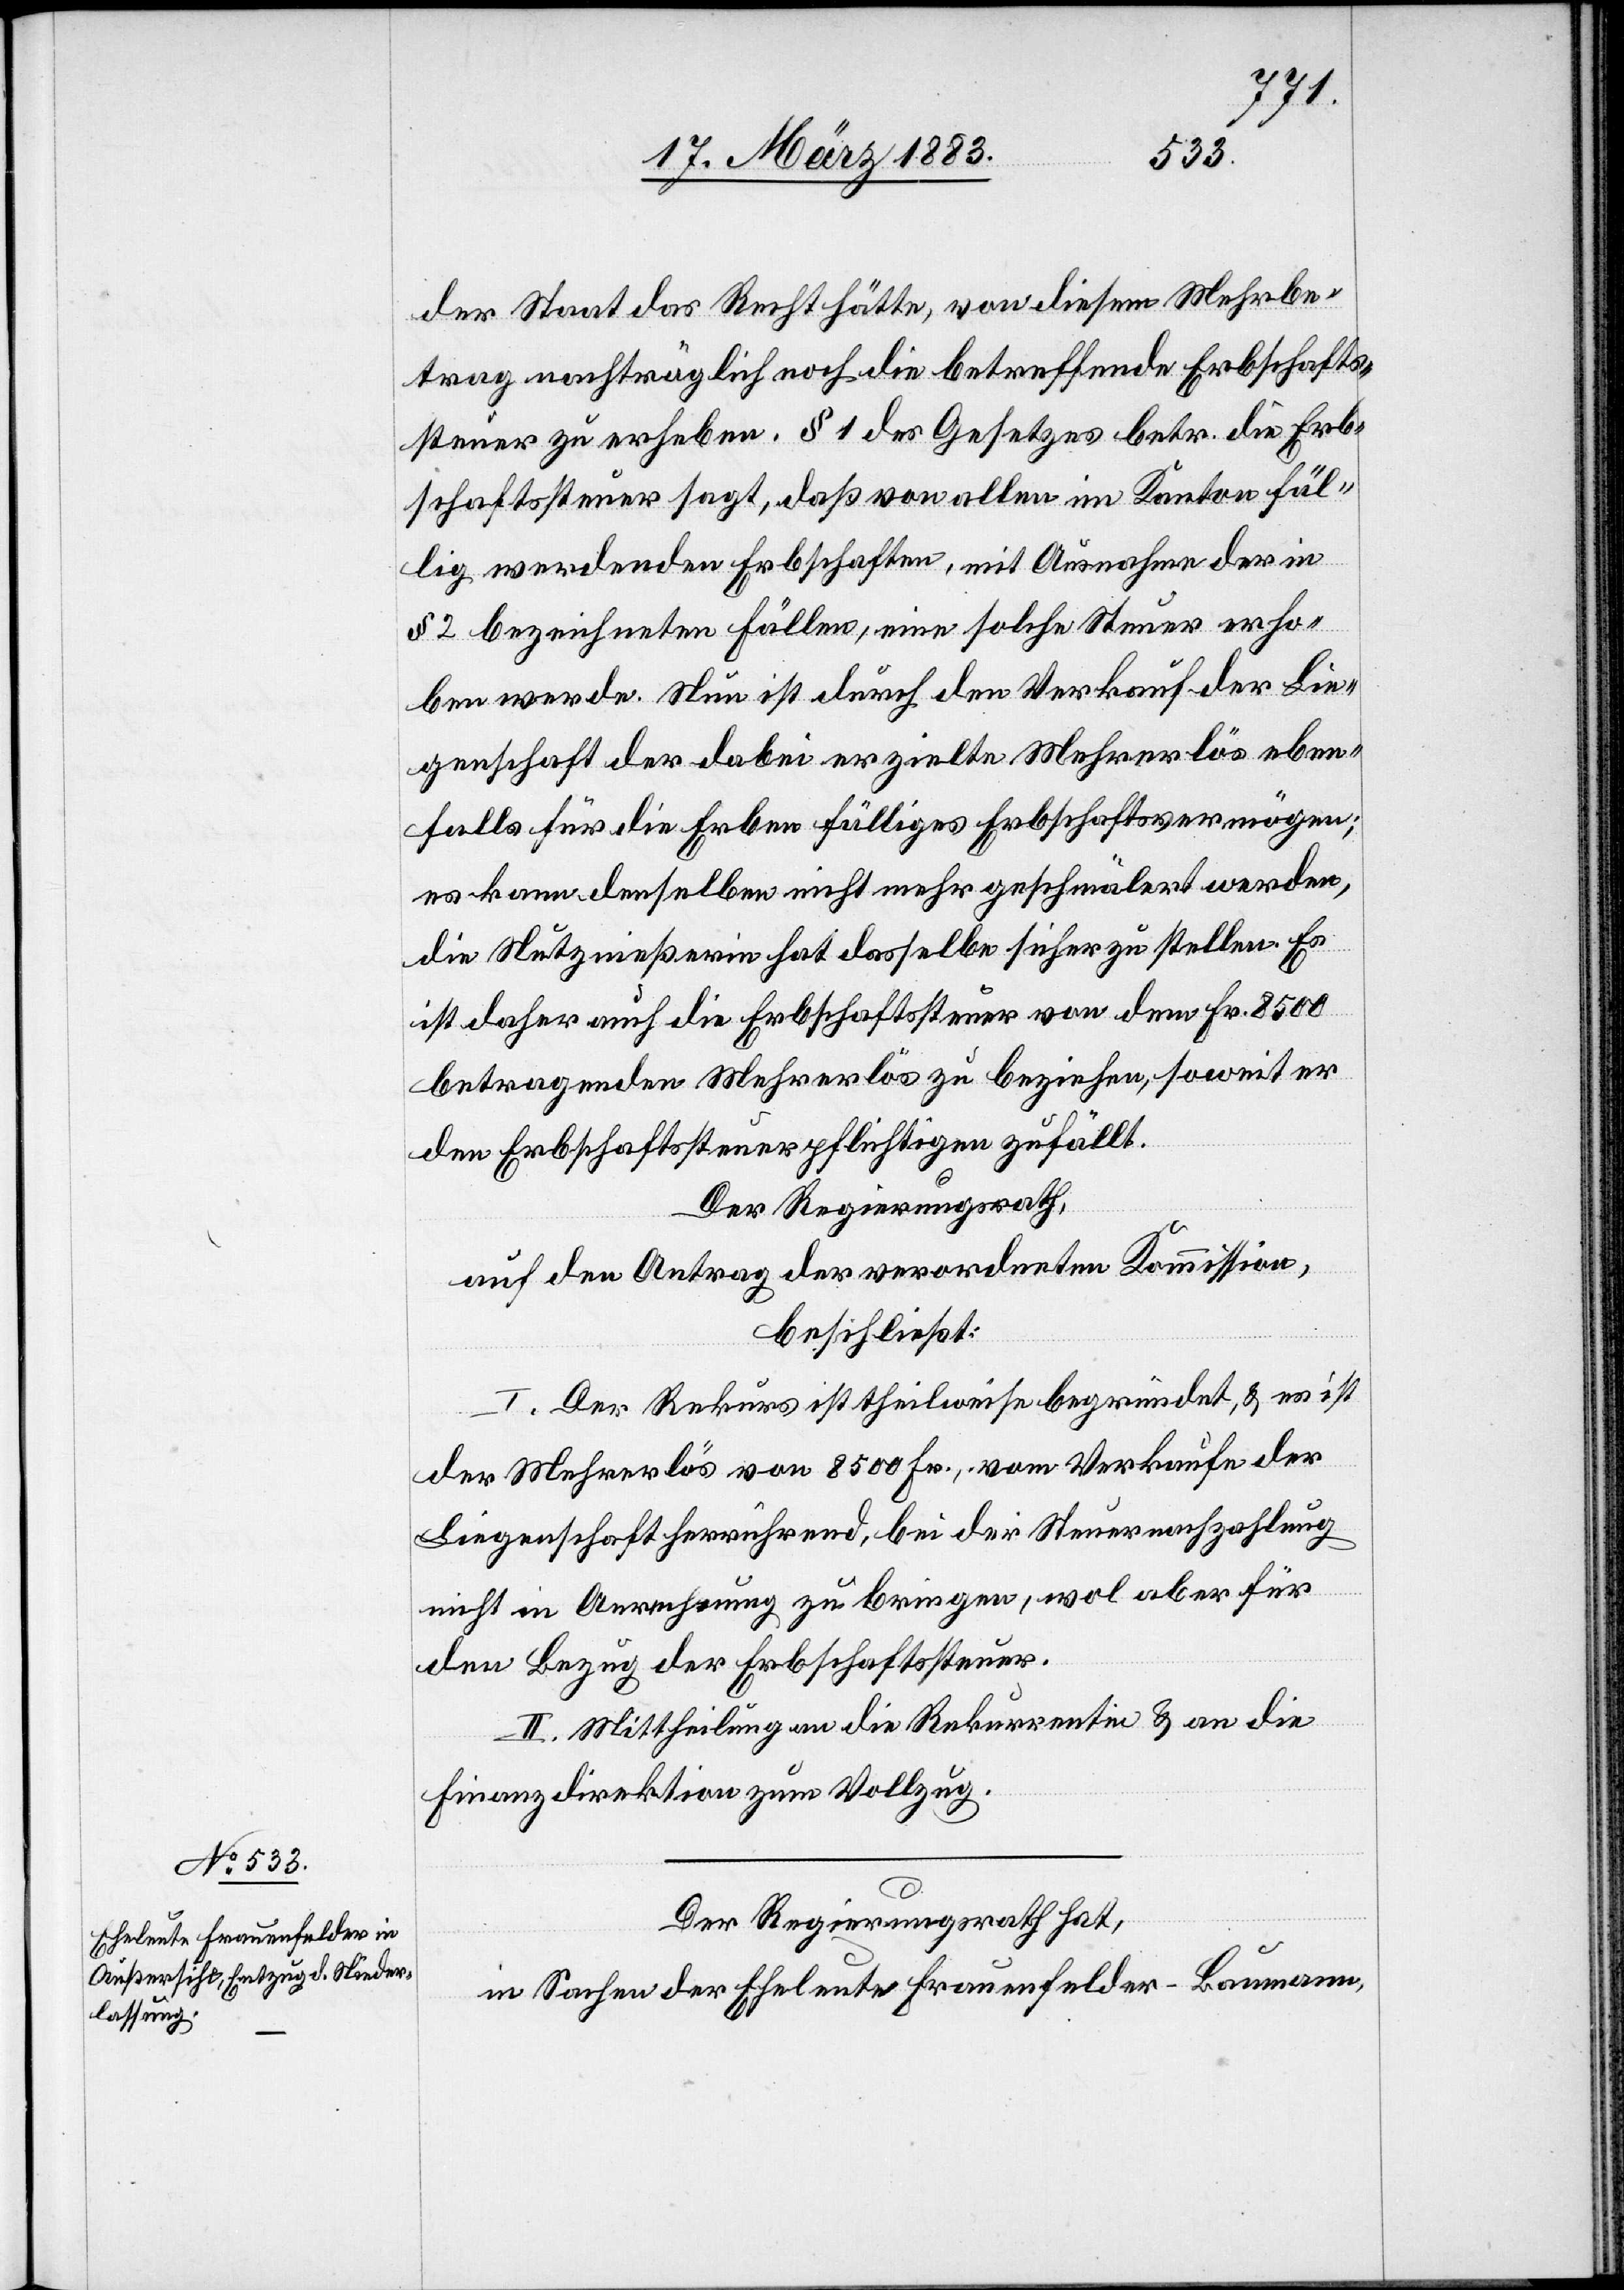
der Staat das Recht hätte, von diesem Mehrbe¬
trag nachträglich noch die betreffende Erbschafts¬
steuer zu erheben. § 1 des Gesetzes betr. die Erb¬
schaftssteuer sagt, daß von allen im Kanton fäl¬
lig werdenden Erbschaften, mit Ausnahme der in
§ 2 bezeichneten Fällen, eine solche Steuer erho¬
ben werde. Nun ist durch den Verkauf der Lie¬
genschaft der dabei erzielte Mehrerlös eben¬
falls für die Erben fälliges Erbschaftsvermögen;
es kann denselben nicht mehr geschmälert werden,
die Nutznießerin hat dasselbe sicher zu stellen. Es
ist daher auch die Erbschaftssteuer von dem Fr. 8500
betragenden Mehrerlös zu beziehen, soweit er
den Erbschaftssteuerpflichtigen zufällt.
Der Regierungsrath,
auf den Antrag der verordneten Kommission:
beschließt:
I. Der Rekurs ist theilweise begründet, & es ist
der Mehrerlös von 8500 Fr., vom Verkaufe der
Liegenschaft herrührend, bei der Steuernachzahlung
nicht in Anrechnung zu bringen, wol aber für
den Bezug der Erbschaftssteuer.
II. Mittheilung an die Rekurrentin & an die
Finanzdirektion zum Vollzug.
Der Regierungsrath hat,
in Sachen der Eheleute Frauenfelder-Baumann,